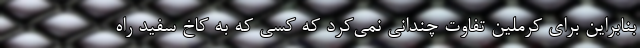
بنابراین برای کرملین تفاوت چندانی نمی‌کرد که کسی که به کاخ سفید راه